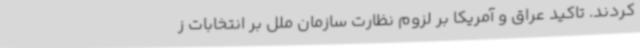
کردند. تاکید عراق و آمریکا بر لزوم نظارت سازمان ملل بر انتخابات ز